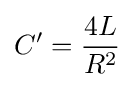
C'={\frac {4L}{R^{2}}}